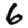
Digit: 6